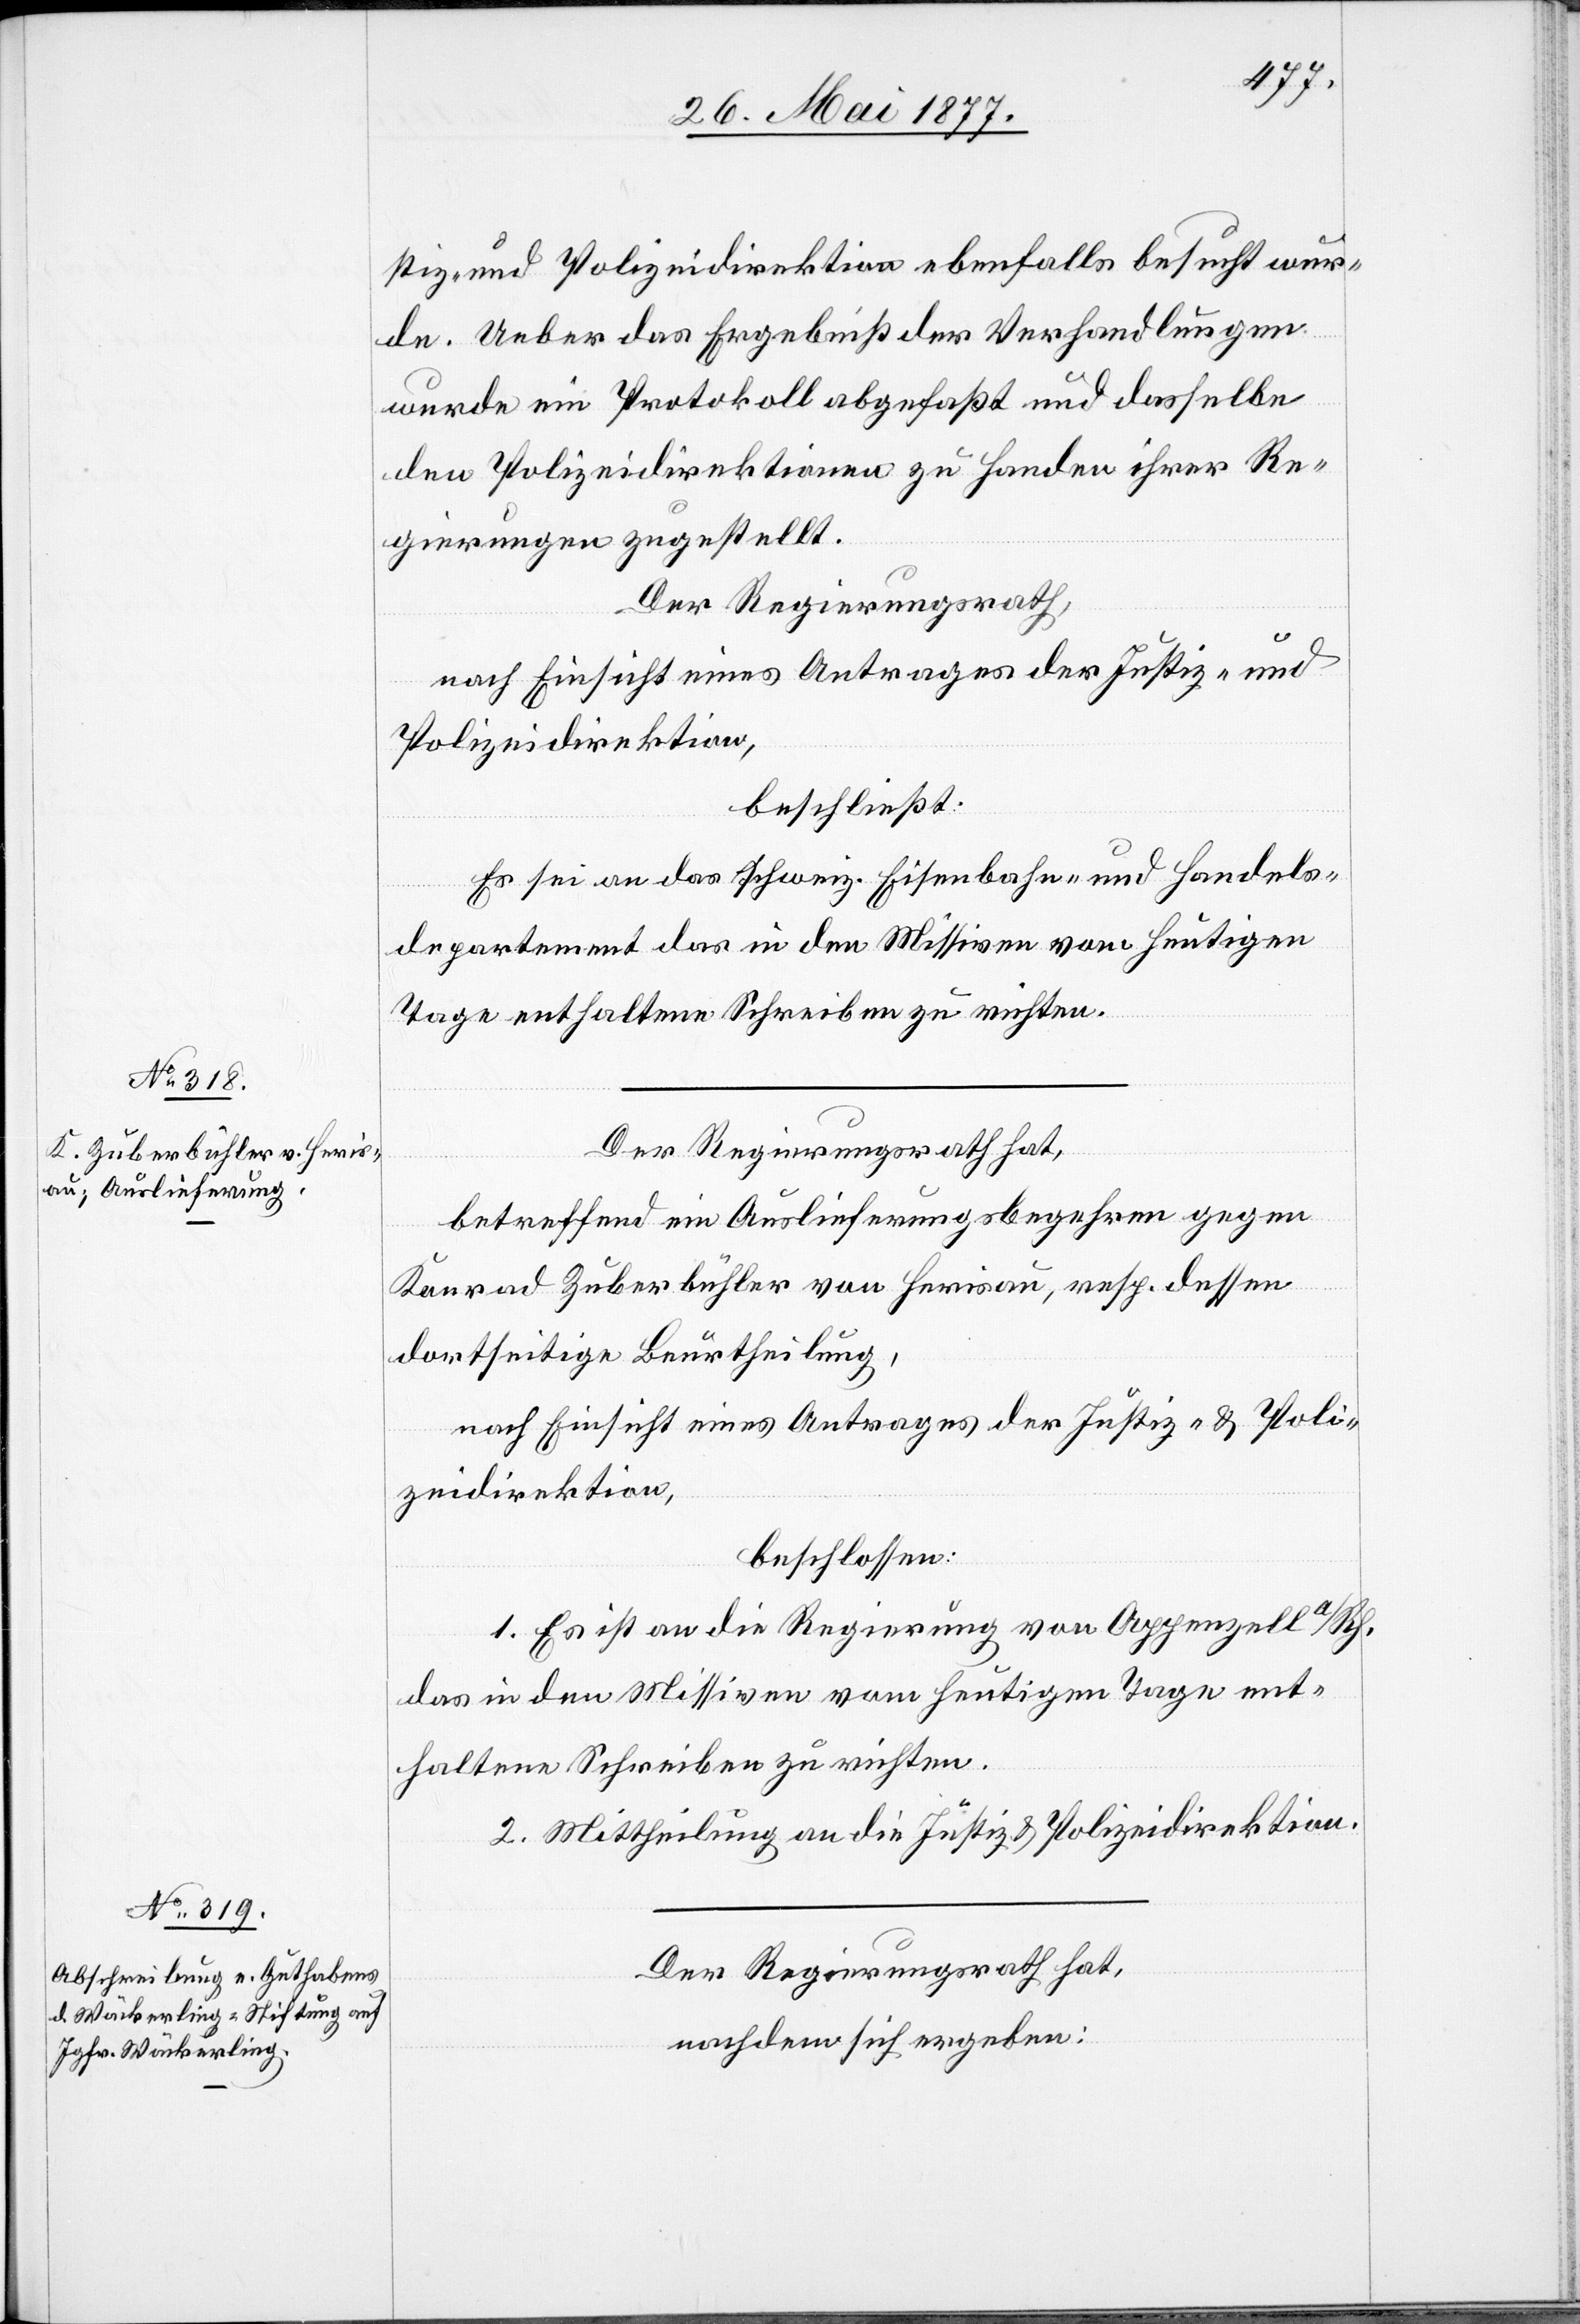
stiz- und Polizeidirektion ebenfalls besucht wur¬
de. Ueber das Ergebniß der Verhandlungen
wurde ein Protokoll abgefasst und dasselbe
den Polizeidirektionen zu Handen ihrer Re¬
gierungen zugestellt.
Der Regierungsrath,
nach Einsicht eines Antrages der Justiz- und
Polizeidirektion,
beschließt:
Es sei an das schweiz. Eisenbahn- und Handels¬
departement das in den Missiven vom heutigen
Tage enthaltene Schreiben zu richten.
Der Regierungsrath hat,
betreffend ein Auslieferungsbegehren gegen
Konrad Zuberbühler von Herisau, resp. dessen
dortseitige Beurtheilung,
nach Einsicht eines Antrages der Justiz- & Poli¬
zeidirektion,
beschlossen:
1. Es ist an die Regierung von Appenzell a/Rh.
das in den Missiven vom heutigen Tage ent¬
haltene Schreiben zu richten.
2. Mittheilung an die Justiz[-] & Polizeidirektion.
Der Regierungsrath hat,
nachdem sich ergeben: